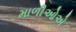
માળીઓએ